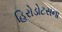
હિરોડોટસના